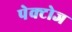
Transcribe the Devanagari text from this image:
पेक्टोज